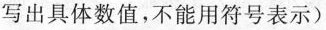
写出具体数值，不能用符号表示)